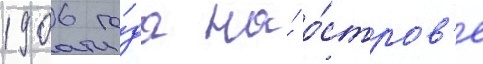
1906 го́да на́ о́стров'е